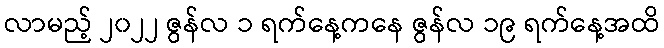
လာမည့် ၂၀၂၂ ဇွန်လ ၁ ရက်နေ့ကနေ ဇွန်လ ၁၉ ရက်နေ့အထိ